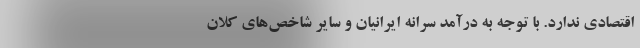
اقتصادی ندارد. با توجه به درآمد سرانه ایرانیان و سایر شاخص‌های کلان